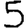
Digit: 5